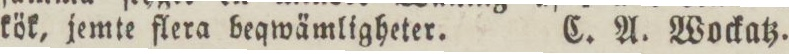
kök, jemte flera beqwämligheter.    C. A. Wockatz.